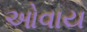
ઓવાય